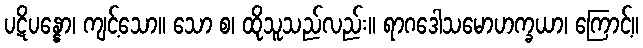
ပဋိပန္နော၊ ကျင့်သော။ သော စ၊ ထိုသူသည်လည်း။ ရာဂဒေါသမောဟက္ခယာ၊ ကြောင့်။